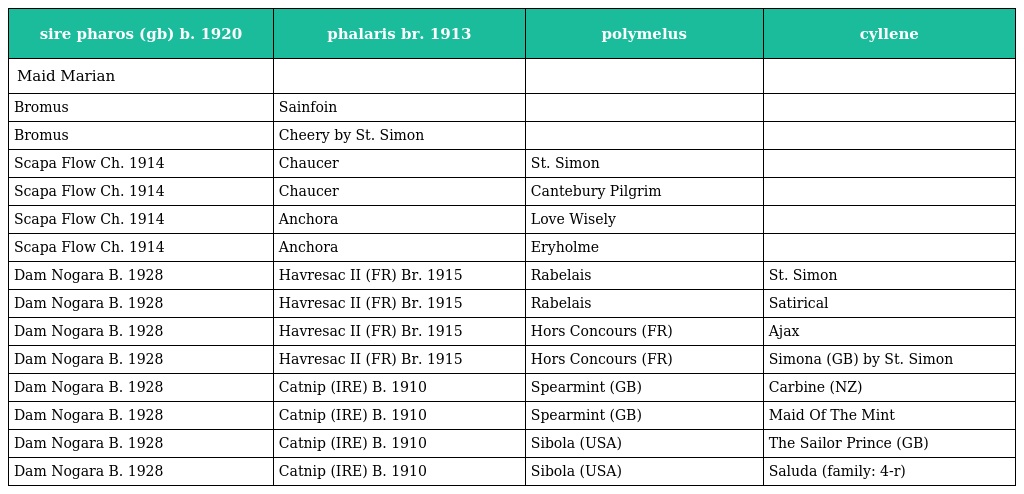
| sire pharos (gb) b. 1920 | phalaris br. 1913 | polymelus | cyllene |
 | --- | --- | --- | --- |
 | Maid Marian |  |  |  |
 | Bromus | Sainfoin |  |  |
 | Bromus | Cheery by St. Simon |  |  |
 | Scapa Flow Ch. 1914 | Chaucer | St. Simon |  |
 | Scapa Flow Ch. 1914 | Chaucer | Cantebury Pilgrim |  |
 | Scapa Flow Ch. 1914 | Anchora | Love Wisely |  |
 | Scapa Flow Ch. 1914 | Anchora | Eryholme |  |
 | Dam Nogara B. 1928 | Havresac II (FR) Br. 1915 | Rabelais | St. Simon |
 | Dam Nogara B. 1928 | Havresac II (FR) Br. 1915 | Rabelais | Satirical |
 | Dam Nogara B. 1928 | Havresac II (FR) Br. 1915 | Hors Concours (FR) | Ajax |
 | Dam Nogara B. 1928 | Havresac II (FR) Br. 1915 | Hors Concours (FR) | Simona (GB) by St. Simon |
 | Dam Nogara B. 1928 | Catnip (IRE) B. 1910 | Spearmint (GB) | Carbine (NZ) |
 | Dam Nogara B. 1928 | Catnip (IRE) B. 1910 | Spearmint (GB) | Maid Of The Mint |
 | Dam Nogara B. 1928 | Catnip (IRE) B. 1910 | Sibola (USA) | The Sailor Prince (GB) |
 | Dam Nogara B. 1928 | Catnip (IRE) B. 1910 | Sibola (USA) | Saluda (family: 4-r) |